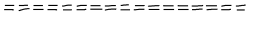
LaTeX: = = = = = = = = = = = = = = = = =